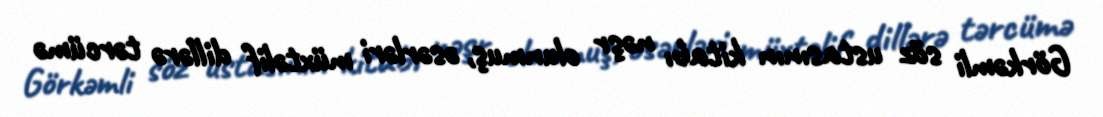
Görkəmli söz ustasının kitabı nəşr olunmuş, əsərləri müxtəlif dillərə tərcümə